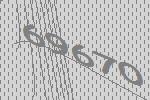
69670